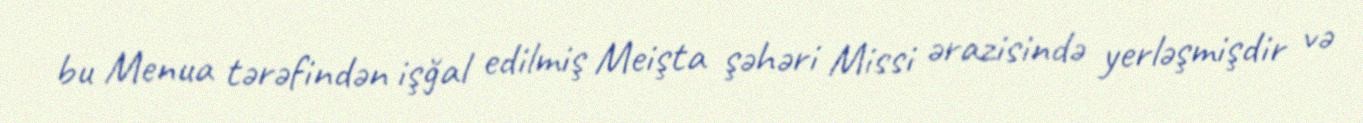
bu Menua tərəfindən işğal edilmiş Meişta şəhəri Missi ərazisində yerləşmişdir və